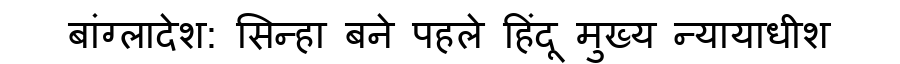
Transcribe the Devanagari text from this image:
बांग्लादेश: सिन्हा बने पहले हिंदू मुख्य न्यायाधीश